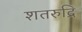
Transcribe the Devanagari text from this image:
शतरुद्रि